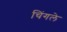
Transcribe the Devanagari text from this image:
चिंगले